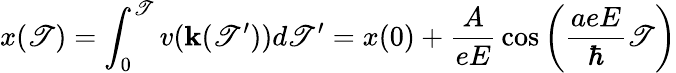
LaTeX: x(\mathscr{T})=\int_{0}^{\mathscr{T}}{v(\mathbf{k}(\mathscr{T}^{\prime}))}{d\mathscr{T}^{\prime}}=x(0)+{\frac{{A}}{{eE}}}\cos\left({{\frac{{aeE}}{{\hbar}}}\mathscr{T}}\right)